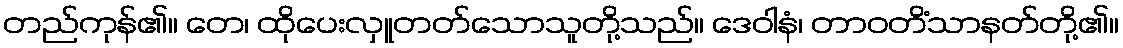
တည်ကုန်၏။ တေ၊ ထိုပေးလှူတတ်သောသူတို့သည်။ ဒေဝါနံ၊ တာဝတိံသာနတ်တို့၏။